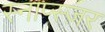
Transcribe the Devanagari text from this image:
स्नाप्स्ज़र